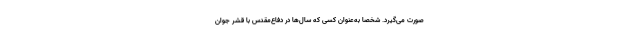
صورت می‌گیرد. شخصا به‌عنوان کسی که سال‌ها در دفاع‌مقدس با قشر جوان